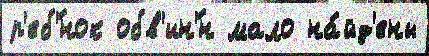
р'еб'́нок обв'ин'́н мало на́йд'ены